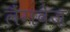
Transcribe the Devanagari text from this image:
लैंगवेज़